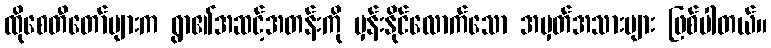
ထိုစေတီတော်များက ရွာ၏အဆင့်အတန်းကို မှန်းနိုင်လောက်သော အမှတ်အသားများ ဖြစ်ပါတယ်။